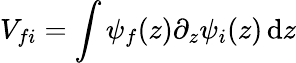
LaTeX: V_{fi}=\int\psi_{f}(z)\partial_{z}\psi_{i}(z)\, \mathrm{d}z